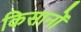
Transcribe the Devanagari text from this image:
किसानोंं